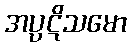
အပ္ပဋိသမော